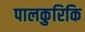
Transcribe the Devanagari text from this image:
पालकुरिकि